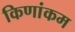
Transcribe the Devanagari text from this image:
किणांकम